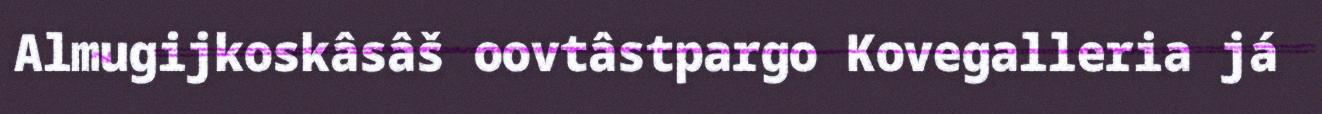
Almugijkoskâsâš oovtâstpargo Kovegalleria já